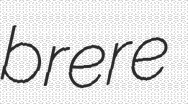
brere